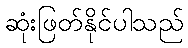
ဆုံးဖြတ်နိုင်ပါသည်